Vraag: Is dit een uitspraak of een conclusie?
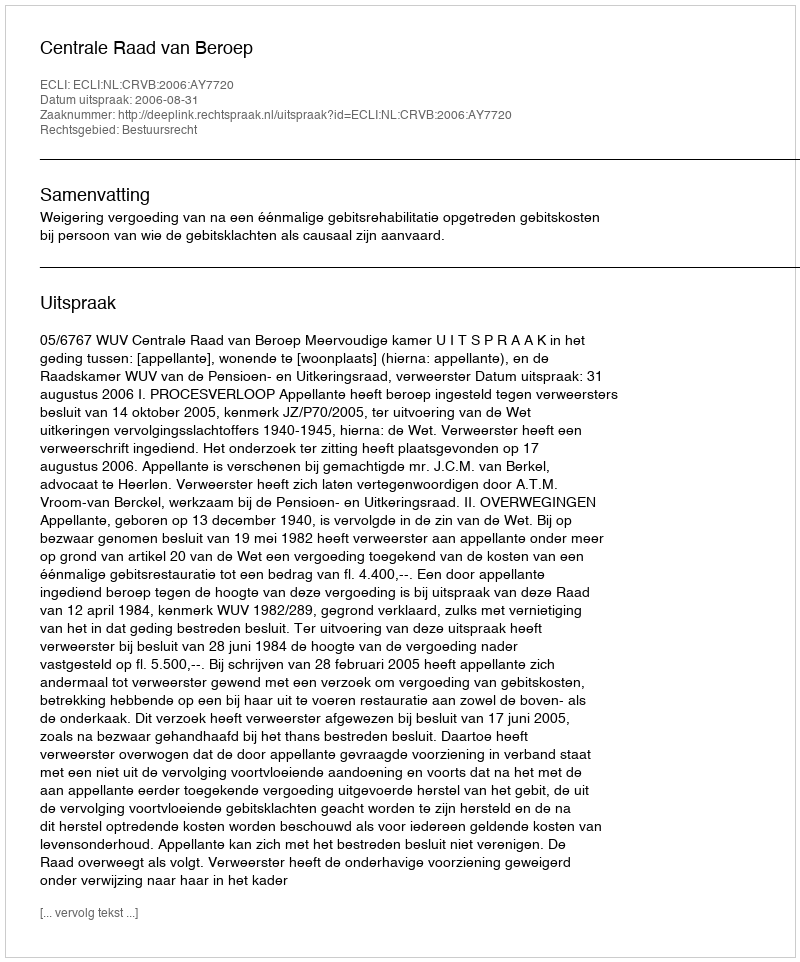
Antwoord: Uitspraak